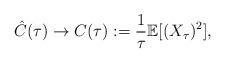
LaTeX: \begin{align*}\hat{C}(\tau)\rightarrow C(\tau):=\frac{1}{\tau}\mathbb{E}[(X_{\tau})^{2}],\end{align*}